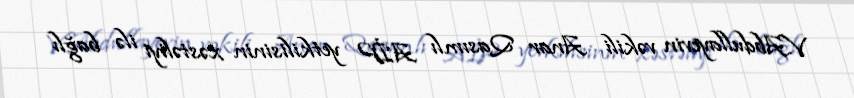
V.Abdullayevin vəkili Anar Qasımlı AİP yetkilisinin xəstəliyi ilə bağlı